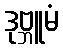
ဒုဗ္ဘူမံ